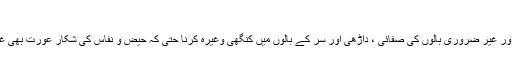
احرام سے قبل کے آداب :
[1] صفائی و سُتھرائی : جیسے غسل کرنا ، ناخون تراشنا ، موچھوں اور غیر ضروری بالوں کی صفائی ، داڑھی اور سر کے بالوں میں کنگھی وغیرہ کرنا حتی کہ حیض و نفاس کی شکار عورت بھی غسل کرے گی حالانکہ اس غسل کا اس کے لئے کوئی فائدہ نہیں ہے ۔